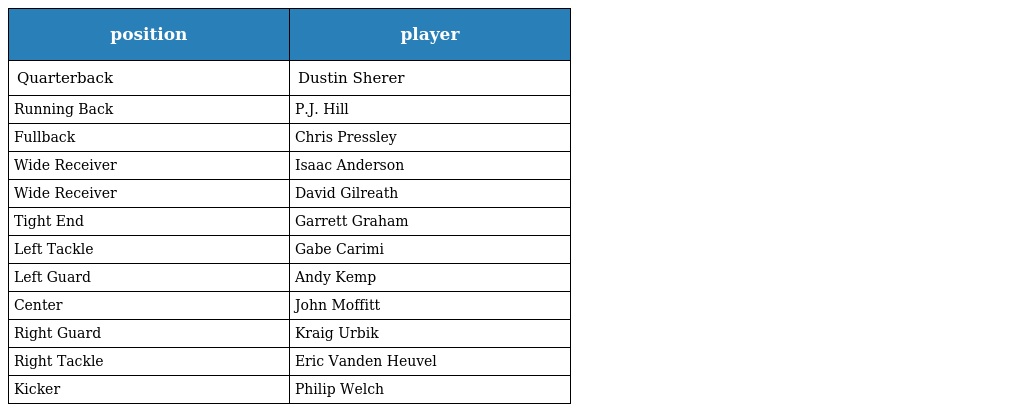
| position | player |
 | --- | --- |
 | Quarterback | Dustin Sherer |
 | Running Back | P.J. Hill |
 | Fullback | Chris Pressley |
 | Wide Receiver | Isaac Anderson |
 | Wide Receiver | David Gilreath |
 | Tight End | Garrett Graham |
 | Left Tackle | Gabe Carimi |
 | Left Guard | Andy Kemp |
 | Center | John Moffitt |
 | Right Guard | Kraig Urbik |
 | Right Tackle | Eric Vanden Heuvel |
 | Kicker | Philip Welch |